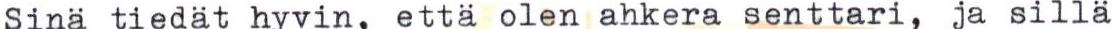
Sinä tiedät hyvin, että olen ahkera senttari, ja sillä